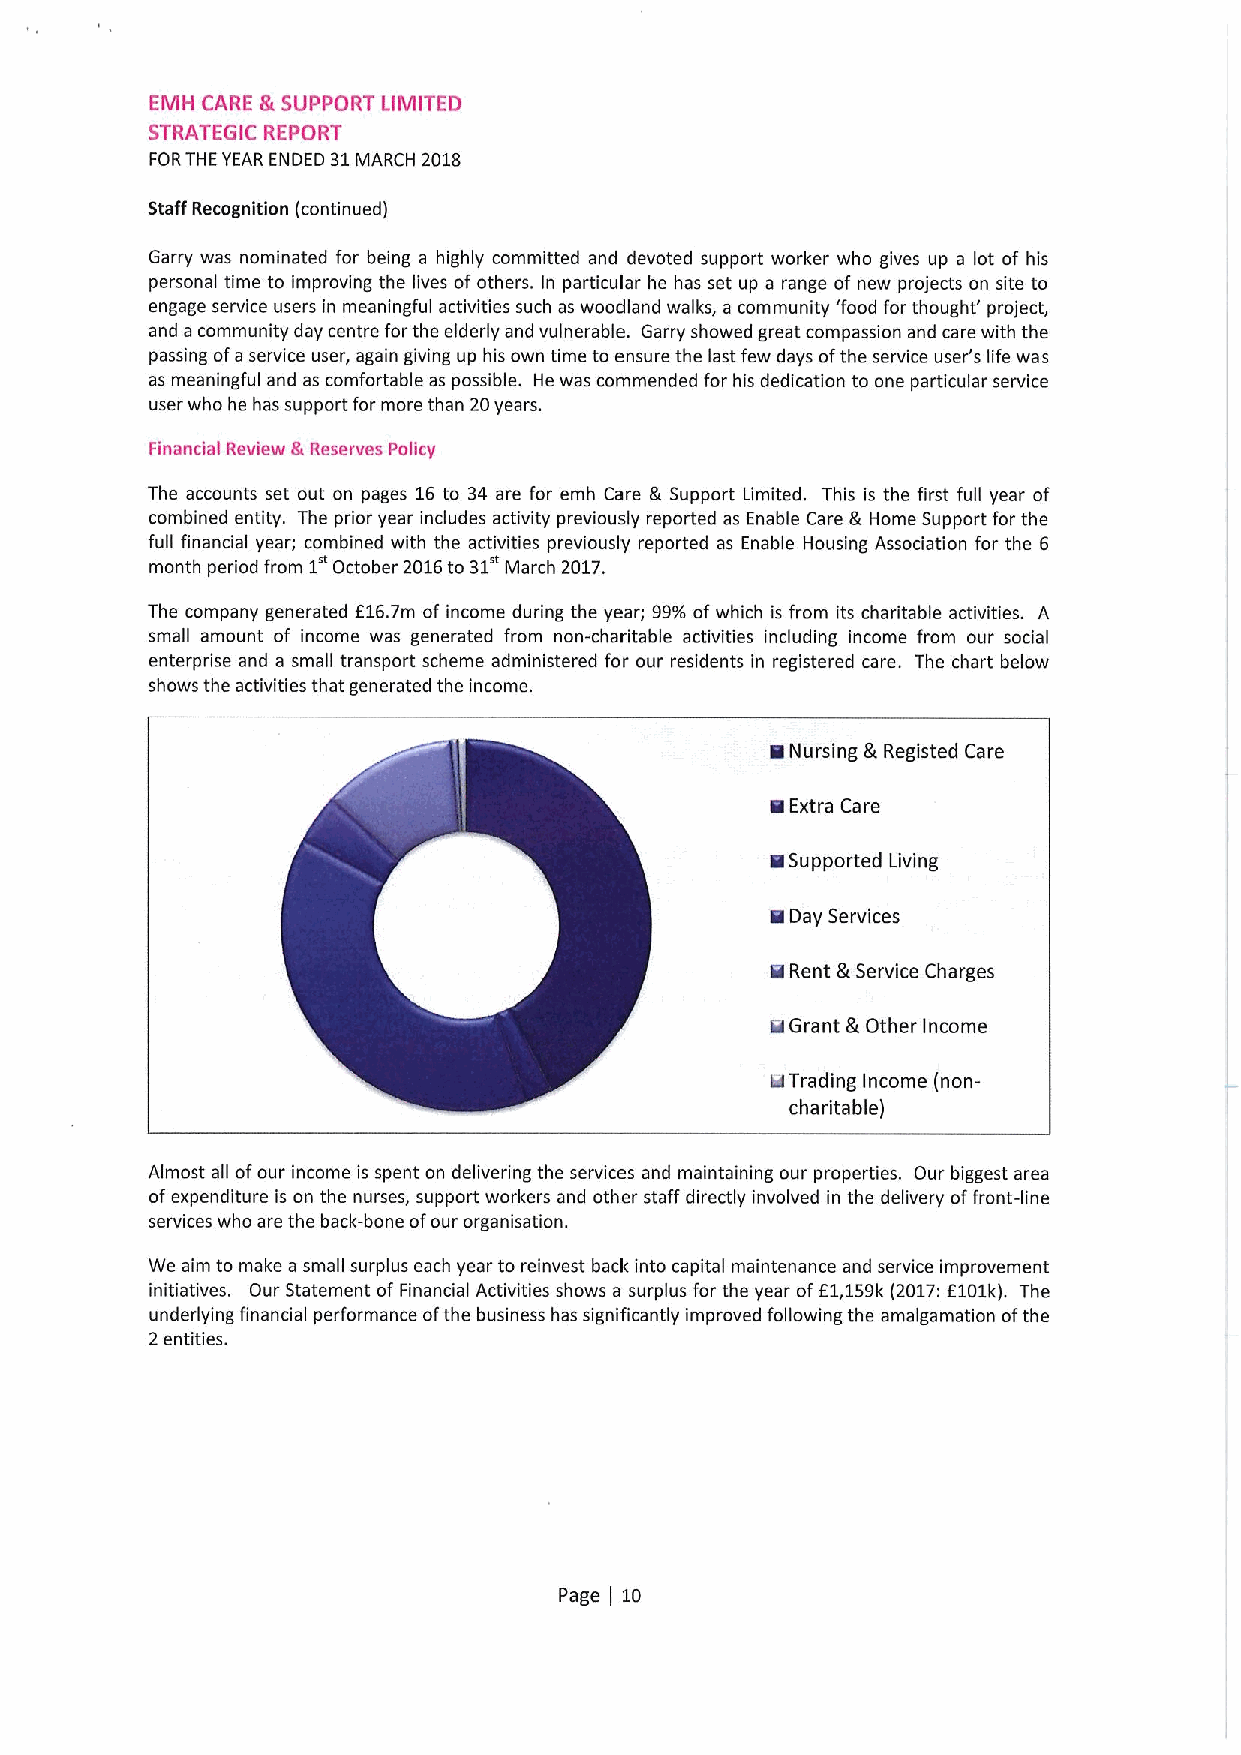
EMFI CARE &SUPPORT LIMITED
 STRATEGIC REPORT
 FORTHE YEAR ENDED 31MARCH 2018
 Staff Recognition (continuedj
 Garry was nominated for being a highly committed and devoted support worker who gives up a lot of his
 personal time to improving the lives of others. In particular he has set up a range of new projects on site to
 engage service users in meaningful activities such as woodland walks, a community 'food for thought' project,
 and a community day centre for the elderly and vulnerable. Garry showed great compassion and care with the
 passing ofa service user, again giving up his own time to ensure the last few days ofthe service user's life was
 as meaningful and as comfortable as possible. He was commended for his dedication to one particular service
 user who he has support for more than 20years.
 Financial Review &Reserves Policy
 The accounts set out on pages 16to 34 are for emh Care & Support Limited. This is the first full year of
 combined entity. The prior year includes activity previously reported as Enable Care & Home Support for the
 full financial year; combined with the activities previously reported as Enable Housing Association for the 6
 month period from 1 October 2016to 31 March 2017.
 The company generated E16.7m of income during the year; 99SSofwhich is from its charitable activities. A
 small amount of income was generated from non-charitable activities including income from our social
 enterprise and a small transport scheme administered for our residents in registered care. The chart below
 shows the activities that generated the income.
 ~
 Nursing &Registed Care
 ~
 Extra Care
 ~
 Supported Living
 ~ Day Services
 8
 Rent &Service Charges
 QGrant &Other Income
 kgTrading Income (non-
 charitable)
 Almost all ofour income is spent on delivering the services and maintaining our properties. Our biggest area
 ofexpenditure is on the nurses, support workers and other staff directly involved in the delivery offront-line
 services who are the back-bone ofour organisation.
 We aim to make a small surplus each year to reinvest back into capital maintenance and service improvement
 initiatives. Our Statement of Financial Activities shows a surplus for the year off1,159k (2017:E101k). The
 underlying financial performance ofthe business has significantly improved following the amalgamation ofthe
 2entities.
 Page 10
 j